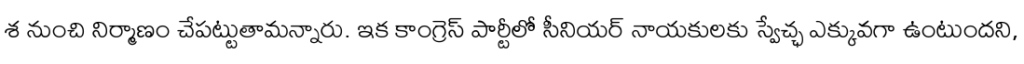
శ నుంచి నిర్మాణం చేపట్టుతామన్నారు. ఇక కాంగ్రెస్ పార్టీలో సీనియర్ నాయకులకు స్వేచ్ఛ ఎక్కువగా ఉంటుందని,